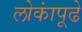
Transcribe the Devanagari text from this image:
लोकांपूढे